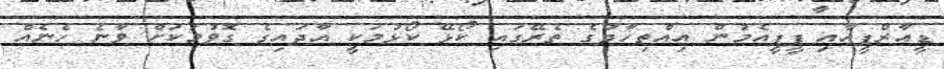
ޑީއާރްޕީއާއި ޕީޕީއެމުން އިއްތިހާދުގެ ތެރޭގައި ކޯޅޭ ކޯޅުމަކީ އާދައިގެ ގޮވުމަކަށް ވާނެ ހެނެއް